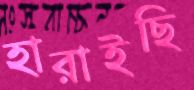
হারাইছি